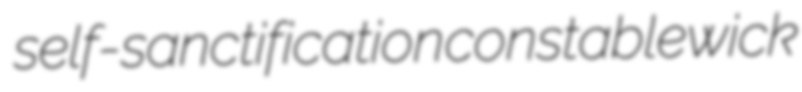
self-sanctification constablewick